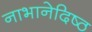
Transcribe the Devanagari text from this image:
नाभानेदिष्ठ